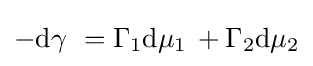
-\mathrm {d} \gamma \ =\Gamma _{1}\mathrm {d} \mu _{1}\,+\Gamma _{2}\mathrm {d} \mu _{2}